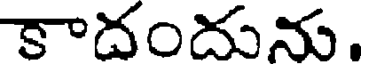
కాదందును.